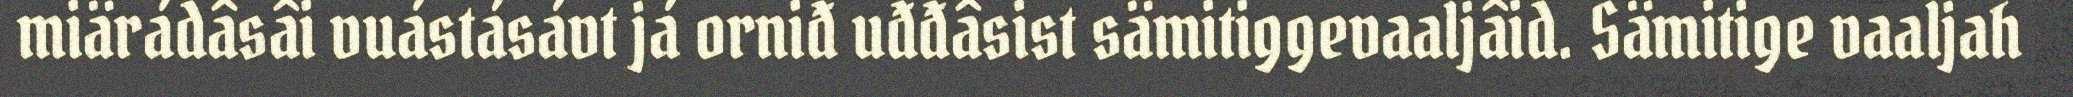
miärádâsâi vuástásávt já orniđ uđđâsist sämitiggevaaljâid. Sämitige vaaljah